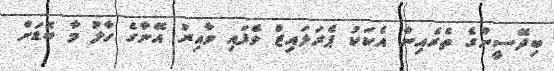
ބިދޭސީންގެ ތެރެއިން އެކަކު ޕެރަލައިޒް ވެފައި ވާއިރު އޭނާގެ ހާލު މާ ބޮޑަށް